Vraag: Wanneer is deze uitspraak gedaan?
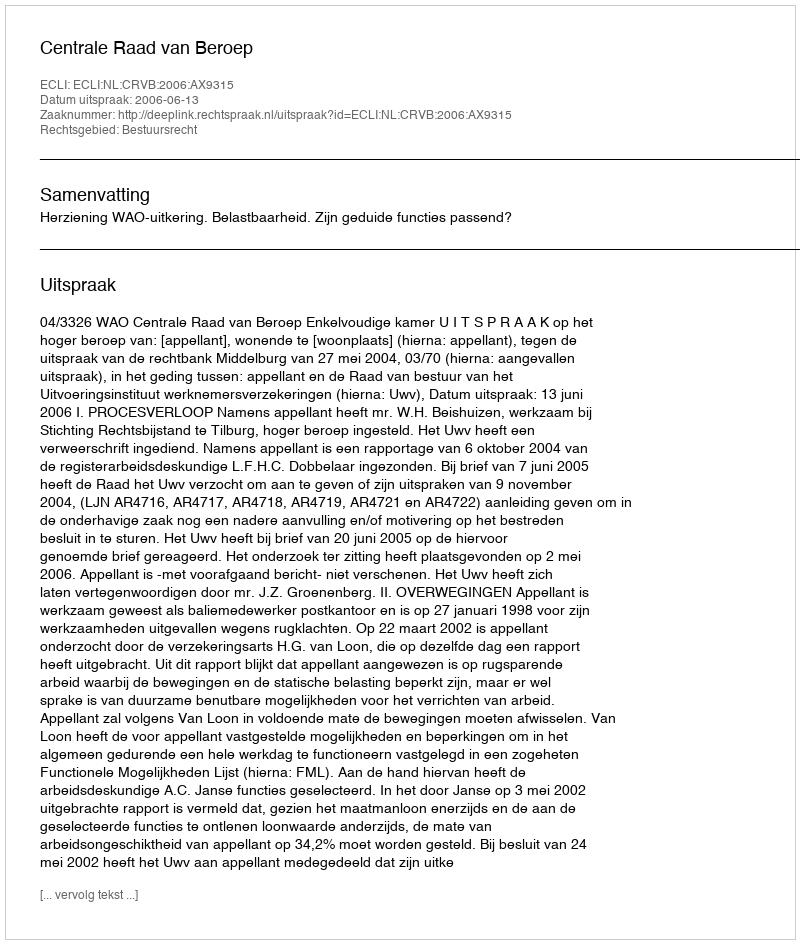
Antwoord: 2006-06-13